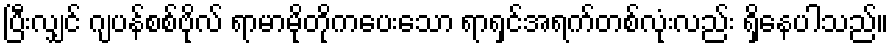
ပြီးလျှင် ဂျပန်စစ်ဗိုလ် ရာမာမိုတိုကပေးသော ရာရှင်အရက်တစ်လုံးလည်း ရှိနေပါသည်။